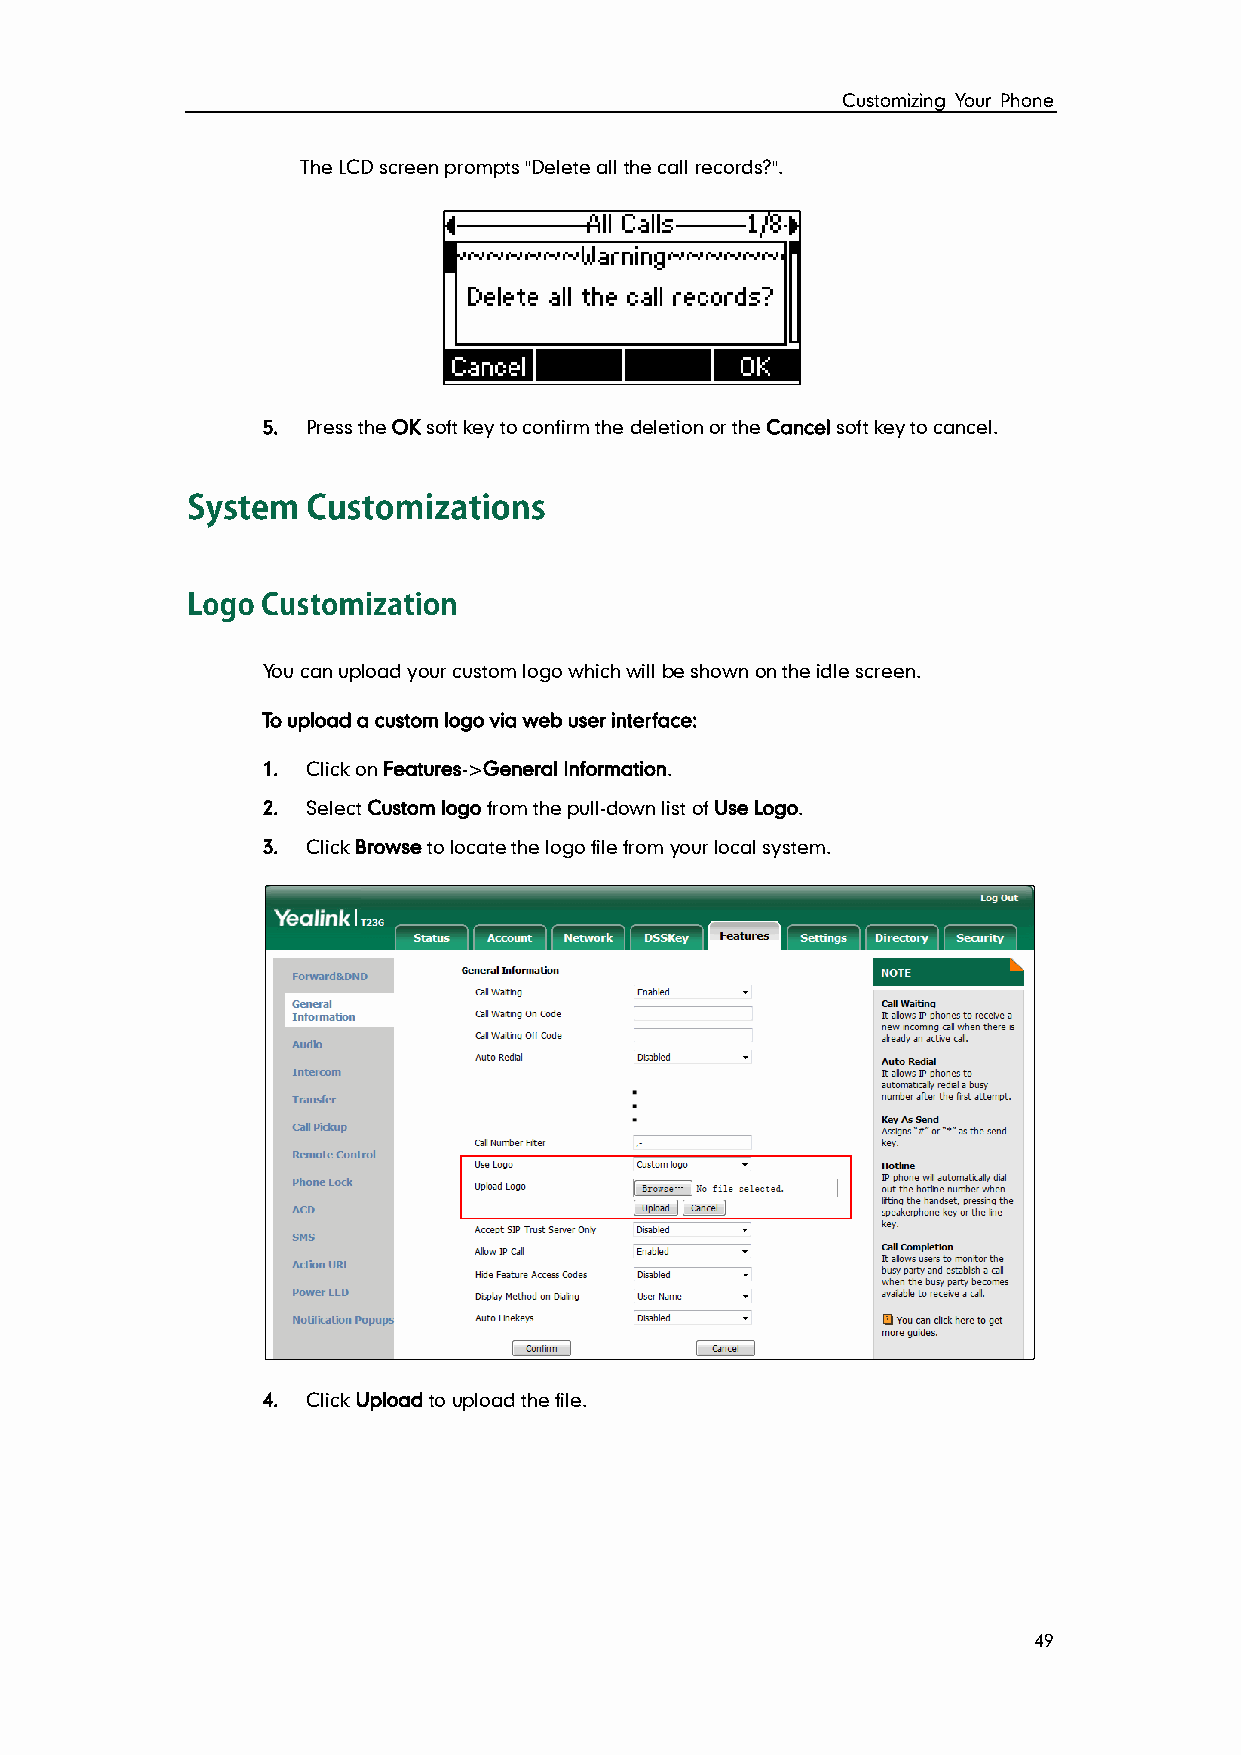
Customizing Your Phone
 The LCD screen prompts "Delete all the call records?".
 5. Press the OK soft key to confirm the deletion or the Cancel soft key to cancel.
 You can upload your custom logo which will be shown on the idle screen.
 To upload a custom logo via web user interface:
 1. Click on Features->General Information.
 2. Select Custom logo from the pull-down list of Use Logo.
 3. Click Browse to locate the logo file from your local system.
 4. Click Upload to upload the file.
 49